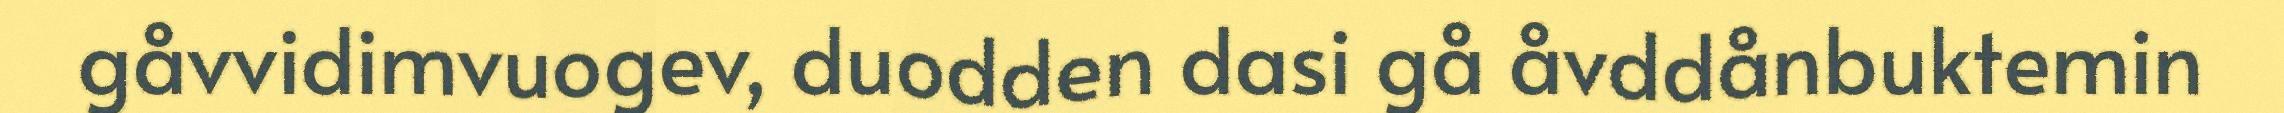
gåvvidimvuogev, duodden dasi gå åvddånbuktemin